Civil Veterinary Department. Central Provinces & Berar 1925-31 - 1925-1931
Year: 1925
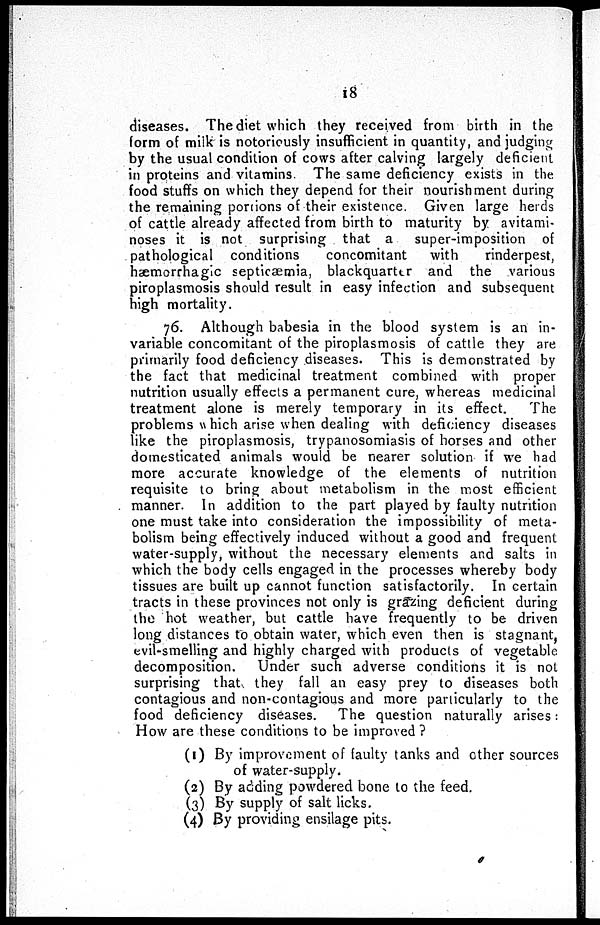
18
diseases. The diet which they received from birth in the
form of milk is notoriously insufficient in quantity, and judging
by the usual condition of cows after calving largely deficient
in proteins and vitamins. The same deficiency exists in the
food stuffs on which they depend for their nourishment during
the remaining portions of their existence. Given large herds
of cattle already affected from birth to maturity by avitami-
noses it is not surprising that a
super-imposition of
pathological conditions
concomitant
with
rinderpest,
hæmorrhagic septicæmia, blackquarttr and the various
piroplasmosis should result in easy infection and subsequent
high mortality.
76. Although babesia in the blood system is an in-
variable concomitant of the piroplasmosis of cattle they are
primarily food deficiency diseases. This is demonstrated by
the fact that medicinal treatment combined with proper
nutrition usually effects a permanent cure, whereas medicinal
treatment alone is merely temporary in its effect.
The
problems which arise when dealing with deficiency diseases
like the piroplasmosis, trypanosomiasis of horses and other
domesticated animals would be nearer solution if we had
more accurate knowledge of the elements of nutrition
requisite to bring about metabolism in the most efficient
manner. In addition to the part played by faulty nutrition
one must take into consideration the impossibility of meta-
bolism being effectively induced without a good and frequent
water-supply, without the necessary elements and salts in
which the body cells engaged in the processes whereby body
tissues are built up cannot function satisfactorily. In certain
tracts in these provinces not only is grazing deficient during
the hot weather, but cattle have frequently to be driven
long distances to obtain water, which even then is stagnant,
evil-smelling and highly charged with products of vegetable
decomposition.
Under such adverse conditions it is not
surprising that they fall an easy prey to diseases both
contagious and non-contagious and more particularly to the
food deficiency diseases.
The question naturally arises:
How are these conditions to be improved ?
(1) By improvement of faulty tanks and other sources
of water-supply.
(2) By adding powdered bone to the feed.
(3) By supply of salt licks.
(4) By providing ensilage pits.